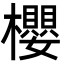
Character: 櫻